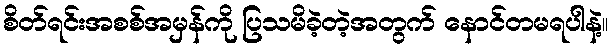
စိတ်ရင်းအစစ်အမှန်ကို ပြသမိခဲ့တဲ့အတွက် နောင်တမရပါနဲ့။